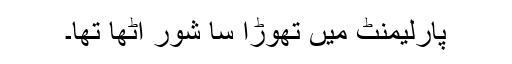
پارلیمنٹ میں تھوڑا سا شور اٹھا تھا۔